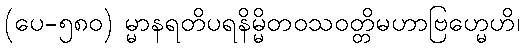
(ပေ-၅၈၀) မ္မာနရတိပရနိမ္မိတဝသဝတ္တိမဟာဗြဟ္မေဟိ၊